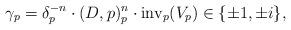
LaTeX: \begin{align*}\gamma_p = \delta_p^{-n} \cdot (D,p)_p^n \cdot \operatorname{inv}_p(V_p) \in \{ \pm 1, \pm i\} ,\end{align*}